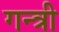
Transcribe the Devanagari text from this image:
गन्त्री